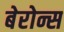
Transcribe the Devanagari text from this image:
बेरोन्स